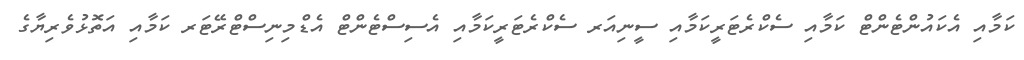
ކަމާއި އެކައުންޓެންޓް ކަމާއި ސެކްރެޓަރީކަމާއި ސީނިއަރ ސެކްރެޓަރީކަމާއި އެސިސްޓެންޓް އެޑްމިނިސްޓްރޭޓަރ ކަމާއި އަތޮޅުވެރިޔާގެ